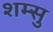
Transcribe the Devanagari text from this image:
शम्सु